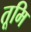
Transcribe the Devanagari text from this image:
तूमि